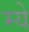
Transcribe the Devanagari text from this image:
म्ये